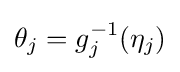
\theta _{j}=g_{j}^{-1}(\eta _{j})